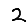
Digit: 2